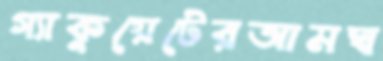
গ্যাকুয়েটেরআমঘ